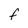
Character: F